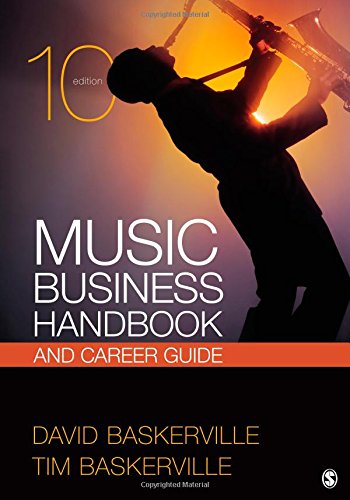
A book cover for Music Business Handbook and Career Guide; David Baskerville; Arts & Photography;